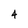
Character: 4